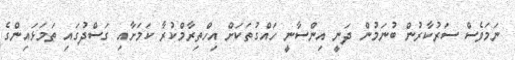
ނަމަވެސް ސަރުކާރުން ބުނަމުން ދަނީ އިންސާނީ ހައްގުތަކަށް އިހްތިރާމްކުރާ ކަމަށާއި ގަސްދުގައި ތަމަޅައިންގެ